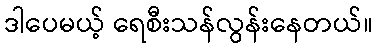
ဒါပေမယ့် ရေစီးသန်လွန်းနေတယ်။